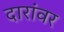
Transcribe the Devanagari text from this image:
दारांवर